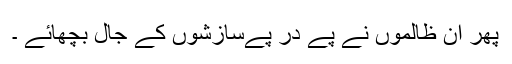
پھر ان ظالموں نے پے در پےسازشوں کے جال بچھائے ۔